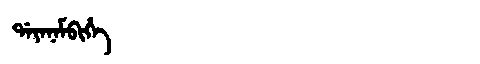
Manchu: ᡩᠠᠶᠠᠨᠠᠮᠪᡳᡥᡝ
Romanization: DAYANAMBIHE